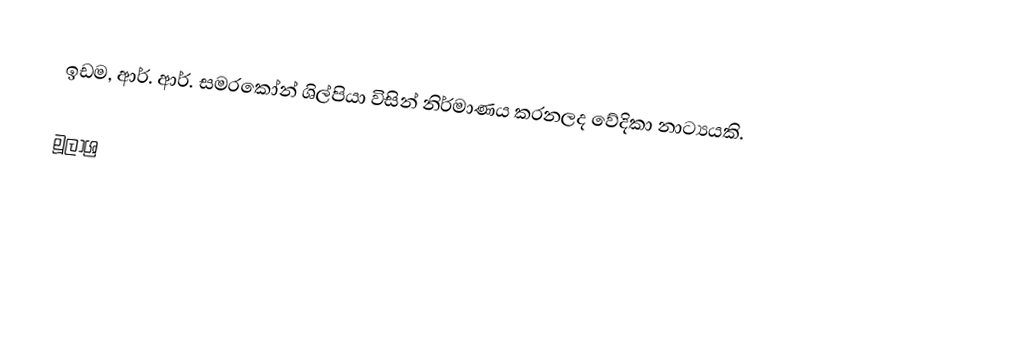
ඉඩම, ආර්. ආර්. සමරකෝන් ශිල්පියා විසින් නිර්මාණය කරනලද වේදිකා නාට්‍යයකි.

මූලාශ්‍ර